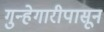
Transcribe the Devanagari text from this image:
गुन्हेगारीपासून